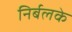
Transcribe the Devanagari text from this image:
निर्बलके